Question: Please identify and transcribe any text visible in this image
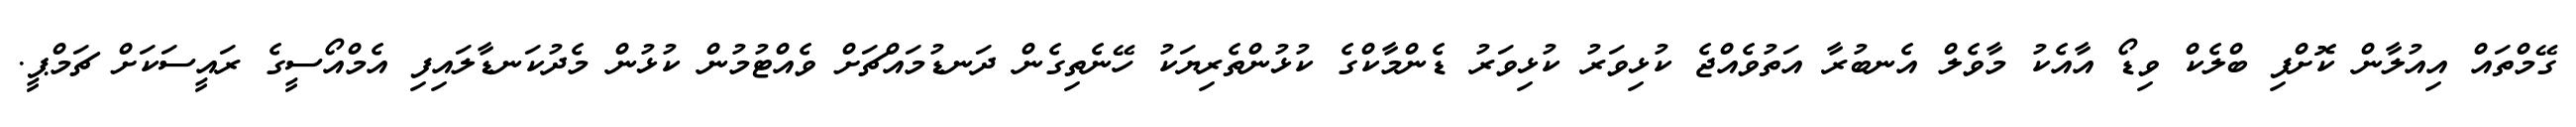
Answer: ގޭމްތައް އިއުލާން ކޮށްފި ބްލެކް ވިޑޯ އާއެކު މާވެލް އެނބުރާ އަތުވެއްޖެ ކުޅިވަރު ކުޅިވަރު ޑެންމާކްގެ ކުޅުންތެރިޔަކު ހޭނެތިގެން ދަނޑުމައްޗަށް ވެއްޓުމުން ކުޅުން މެދުކަނޑާލައިފި އެމްއޯސީގެ ރައީސަކަށް ޗަމްޕީ.